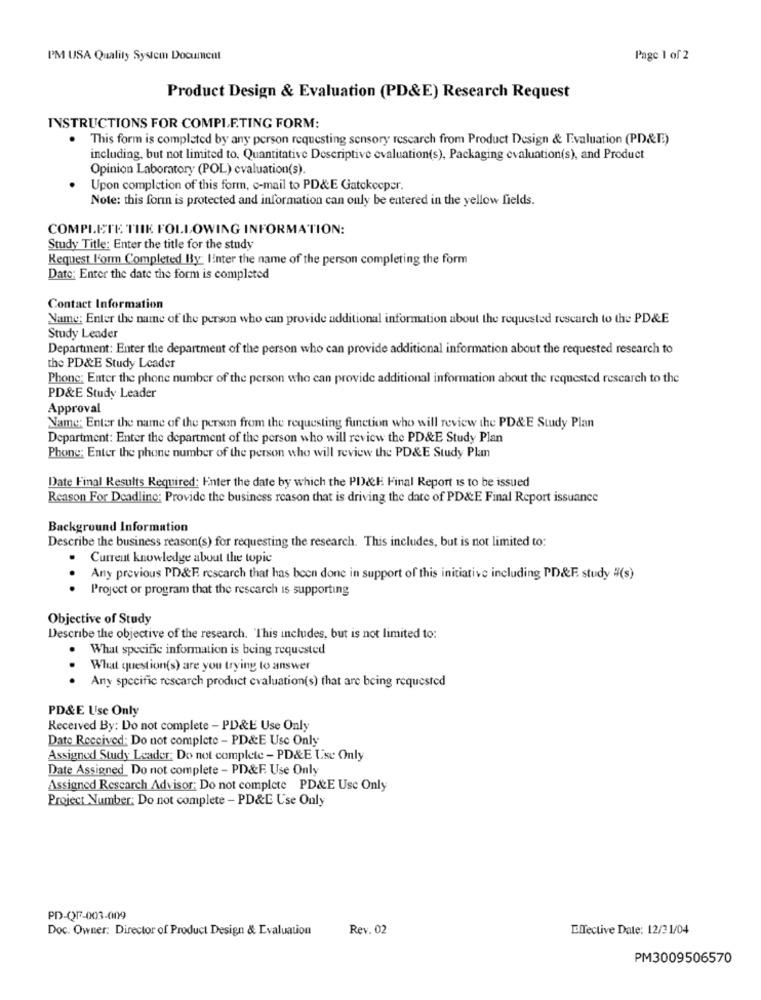
PM USA Quality System Document
Page 1 of 2
Product Design & Evaluation (PD&E) Research Request
INSTRUCTIONS FOR COMPLETING FORM:
This form is completed by any person requesting sensory research from Product Design & Evaluation (PD&E)
including, but not limited to, Quantitative Descriptive evaluation(s), Packaging evaluation(s), and Product
Opinion Laboratory (POL) cvaluation(s).
Upon completion of this form, o-mail to PD&E Gatckocper.
Note: this form is protected and information can only be entered in the yellow fields.
COMPLETE THE FOLLOWING INFORMATION:
Study Title: Enter the title for the study
Request l'orm Completed By: Inter the name of the person completing the form
Date: Enter the date the form is completed
Contact Information
Name: Enter the name of the person who can provide additional information about the requested research to the PD&E
Study Leader
Department: Enter the department of the person who can provide additional information about the requested research to
the PD&E Study Leader
Phone: Enter the phone number of the person who can provide additional information about the requested research to the
PD&E Study Leader
Approval
Name: Enter the name of the person from the requesting function who will review the PD&E Study Plan
Department: Enter the department of the person who will review the PD&E Study Plan
Phone; Enter the phone number of the person who will review the PD&E Study Plan
Date Final Results Required: Enter the date by which the PD&H Final Report is to be issued
Reason For Deadline: Provide the business reason that is driving the date of PD&E Final Report issuance
Background Information
Describe the business reason(s) for requesting the research. This includes, but is not limited to:
Current knowledge about the topic
Any previous PD&F. rescarch that has been done in support of this initiative including PD&F. study #(s)
Project or program that the research is supporting
Objective of Study
Describe the objective of the research. This includes, but is not limited to:
What specific information is being requested
What question(s) are you trying to answer
Any specific rescarch product cvaluation(s) that are being requested
PD&E Use Only
Received By: Do not complete - PD&E Use Only
Date Received: Do not complete - PD&E Use Only
Assigned Study Leader: Do not complete - PD&E Use Only
Date Assigned_ Do not complete - PD&F. Use Only
Assigned Research Advisor: Do not complete PD&E Use Only
Project Number: Do not complete - PD&E Use Only
PD-QF-003-009
Doc. Owner: Director of Product Design & Evaluation
Rev. 02
Elective Date: 12/21/04
PM3009506570